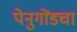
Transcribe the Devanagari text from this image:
पेनुगोंडचा